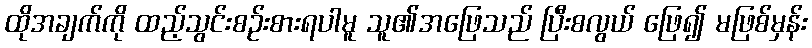
ထိုအချက်ကို ထည့်သွင်းစဉ်းစားရပါမူ သူ၏အဖြေသည် ပြီးစလွယ် ဖြေ၍ မဖြစ်မှန်း